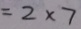
= 2 \times 7